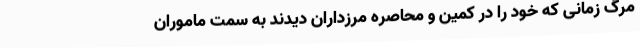
مرگ زمانی که خود را در کمین و محاصره مرزداران دیدند به سمت ماموران